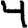
Digit: 4